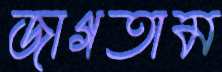
জাগতাম